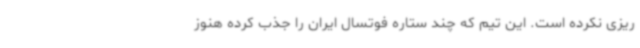
ریزی نکرده است. این تیم که چند ستاره فوتسال ایران را جذب کرده هنوز